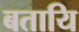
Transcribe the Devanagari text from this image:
बतायि